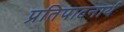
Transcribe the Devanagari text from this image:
प्रतिपादनार्थ